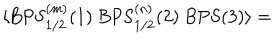
\langle \mathrm { B P S } _ { 1 / 2 } ^ { ( m ) } ( 1 ) \; \mathrm { B P S } _ { 1 / 2 } ^ { ( n ) } ( 2 ) \; \mathrm { B P S } ( 3 ) \rangle =